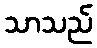
သာသည်